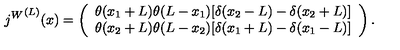
{ j ^ { W } } ^ { ( L ) } ( x ) = \left( \begin{array} { l } { \theta ( x _ { 1 } + L ) \theta ( L - x _ { 1 } ) [ \delta ( x _ { 2 } - L ) - \delta ( x _ { 2 } + L ) ] } \\ { \theta ( x _ { 2 } + L ) \theta ( L - x _ { 2 } ) [ \delta ( x _ { 1 } + L ) - \delta ( x _ { 1 } - L ) ] } \\ \end{array} \right) .